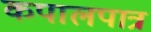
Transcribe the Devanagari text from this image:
कपालपात्र